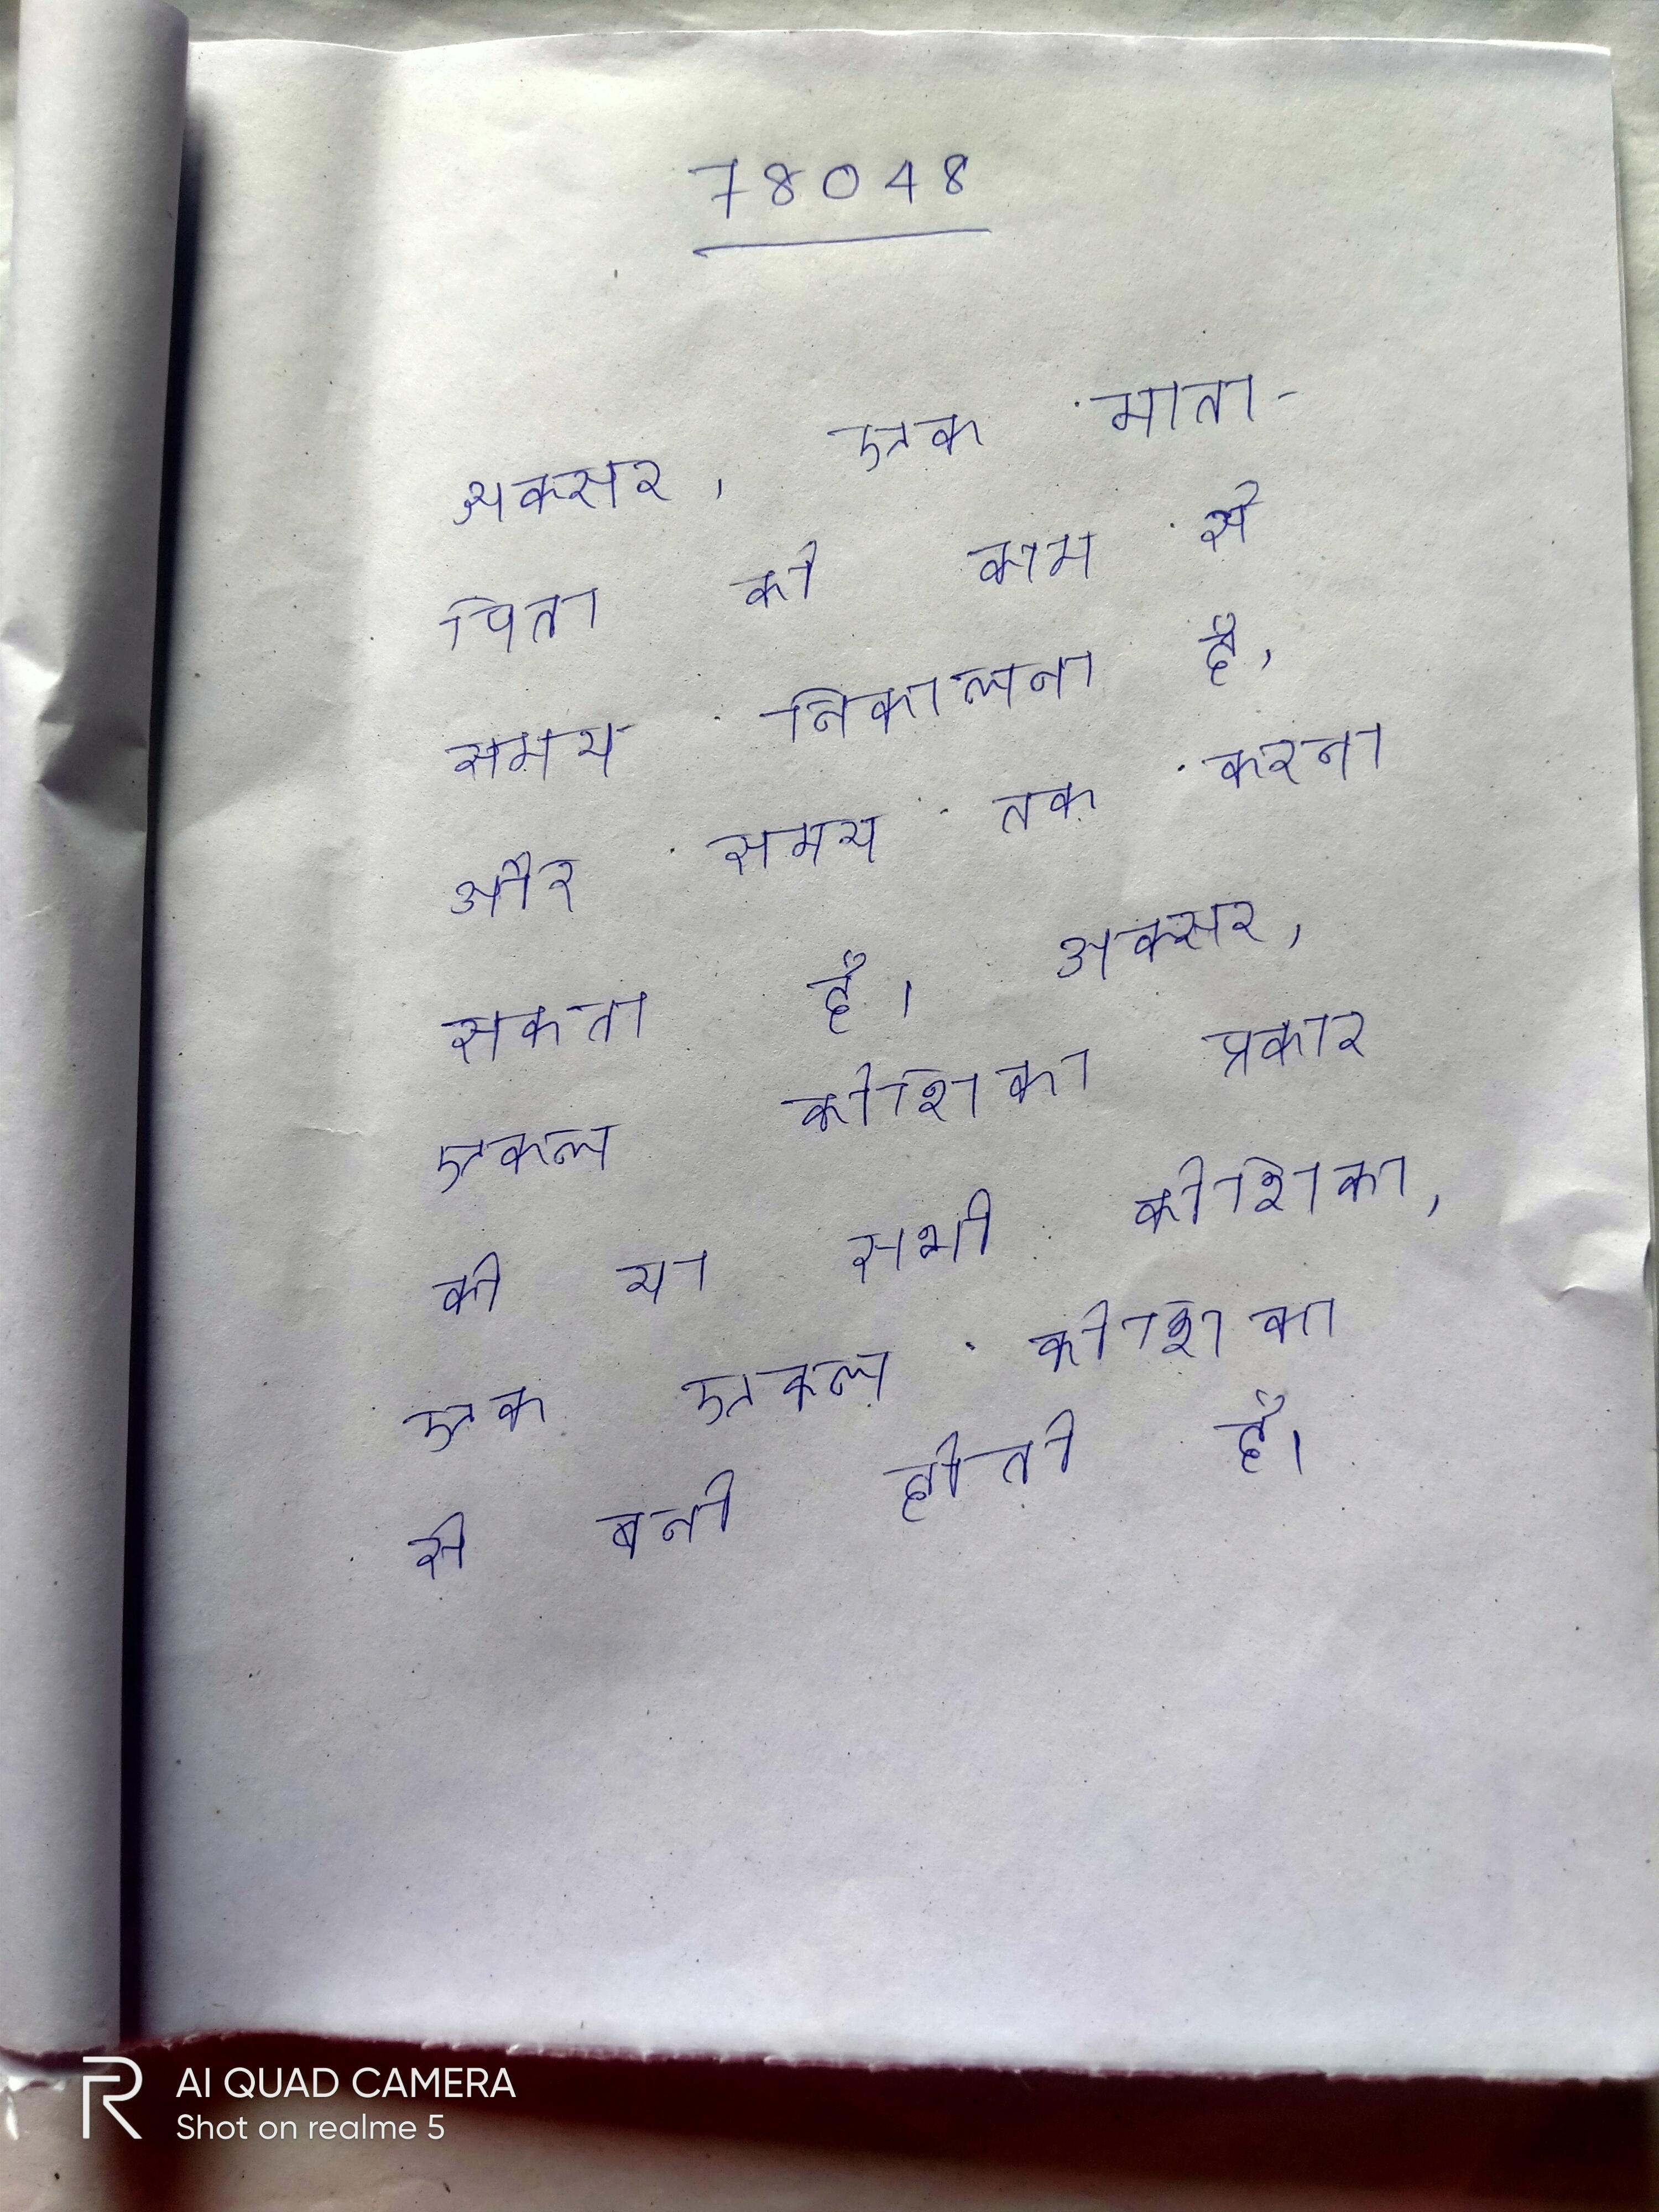
अक्सर, एक माता-पिता को काम से समय निकालना है, और समय तक करना सकता है । अक्सर, एकल कोशिका प्रकार की या सभी कोशिका, एक एकल कोशिका से बनी होती है, यानी कि रक्त, मुख्य रूप से एकल कोशिका से और अन्य कोशिका के से बना हो सकता है ।